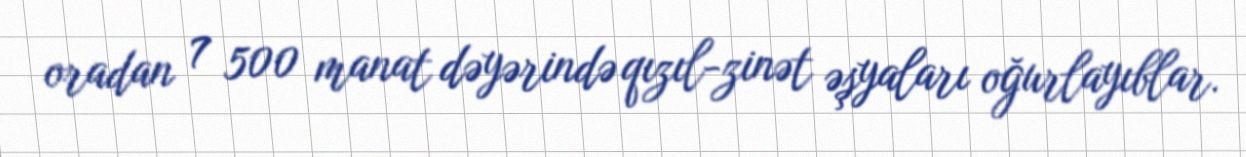
oradan 7 500 manat dəyərində qızıl-zinət əşyaları oğurlayıblar.